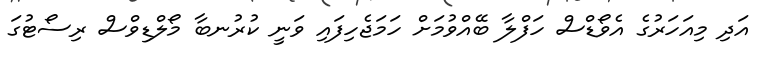
އަދި މިއަހަރުގެ އެވޯޑްސް ހަފްލާ ބޭއްވުމަށް ހަމަޖެހިފައި ވަނީ ކުރުނބާ މޯލްޑިވްސް ރިސޯޓުގަ